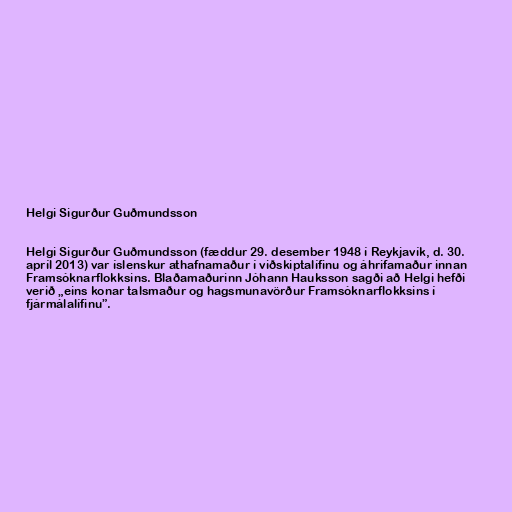
Helgi Sigurður Guðmundsson

Helgi Sig­urður Guðmunds­son (fædd­ur 29. des­em­ber 1948 í Reykja­vík, d. 30.
apríl 2013) var íslenskur athafnamaður í viðskiptalífinu og áhrifamaður innan
Framsóknarflokksins. Blaðamaðurinn Jóhann Hauksson sagði að Helgi hefði
verið „eins konar talsmaður og hagsmunavörður Framsóknarflokksins í
fjármálalífinu”.